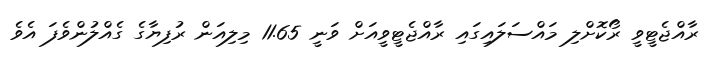
ރާއްޖެޓީވީ ރޯކޮށްލި މައްސަލައިގައި ރާއްޖެޓީވީއަށް ވަނީ 11.65 މިލިއަން ރުފިޔާގެ ގެއްލުންވެފަ އެވެ